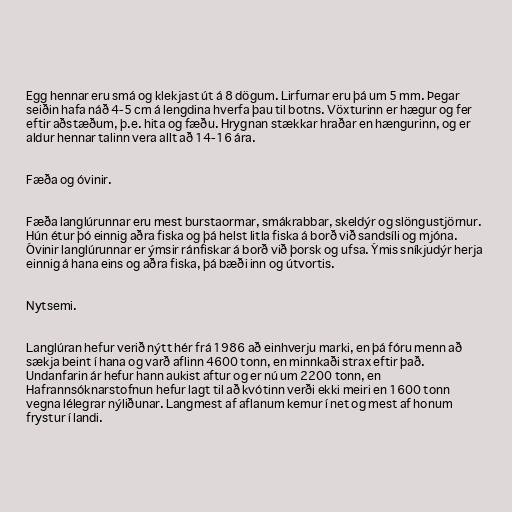
Egg hennar eru smá og klekjast út á 8 dögum. Lirfurnar eru þá um 5 mm. Þegar
seiðin hafa náð 4-5 cm á lengdina hverfa þau til botns. Vöxturinn er hægur og fer
eftir aðstæðum, þ.e. hita og fæðu. Hrygnan stækkar hraðar en hængurinn, og er
aldur hennar talinn vera allt að 14-16 ára.

Fæða og óvinir.

Fæða langlúrunnar eru mest burstaormar, smákrabbar, skeldýr og slöngustjörnur.
Hún étur þó einnig aðra fiska og þá helst litla fiska á borð við sandsíli og mjóna.
Óvinir langlúrunnar er ýmsir ránfiskar á borð við þorsk og ufsa. Ýmis sníkjudýr herja
einnig á hana eins og aðra fiska, þá bæði inn og útvortis.

Nytsemi.

Langlúran hefur verið nýtt hér frá 1986 að einhverju marki, en þá fóru menn að
sækja beint í hana og varð aflinn 4600 tonn, en minnkaði strax eftir það.
Undanfarin ár hefur hann aukist aftur og er nú um 2200 tonn, en
Hafrannsóknarstofnun hefur lagt til að kvótinn verði ekki meiri en 1600 tonn
vegna lélegrar nýliðunar. Langmest af aflanum kemur í net og mest af honum
frystur í landi.